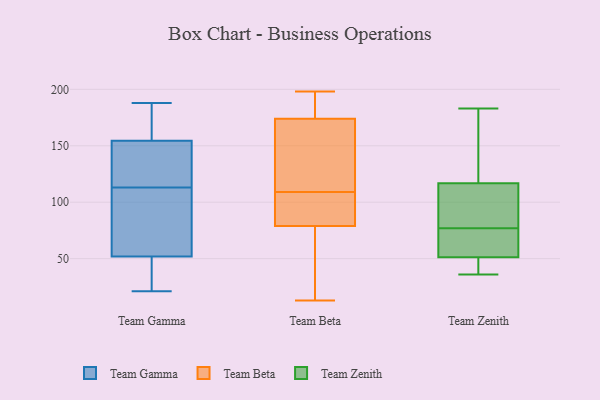
{"axis": {"x": "Headcount", "y": "Value"}, "legend": ["Team Beta", "Team Gamma", "Team Zenith"], "data": [{"x": "", "y": 134, "type": "Team Gamma"}, {"x": "", "y": 31, "type": "Team Gamma"}, {"x": "", "y": 113, "type": "Team Gamma"}, {"x": "", "y": 106, "type": "Team Gamma"}, {"x": "", "y": 29, "type": "Team Gamma"}, {"x": "", "y": 153, "type": "Team Gamma"}, {"x": "", "y": 174, "type": "Team Gamma"}, {"x": "", "y": 50, "type": "Team Gamma"}, {"x": "", "y": 176, "type": "Team Gamma"}, {"x": "", "y": 62, "type": "Team Gamma"}, {"x": "", "y": 136, "type": "Team Gamma"}, {"x": "", "y": 58, "type": "Team Gamma"}, {"x": "", "y": 21, "type": "Team Gamma"}, {"x": "", "y": 43, "type": "Team Gamma"}, {"x": "", "y": 152, "type": "Team Gamma"}, {"x": "", "y": 188, "type": "Team Gamma"}, {"x": "", "y": 164, "type": "Team Gamma"}, {"x": "", "y": 84, "type": "Team Gamma"}, {"x": "", "y": 155, "type": "Team Gamma"}, {"x": "", "y": 174, "type": "Team Beta"}, {"x": "", "y": 134, "type": "Team Beta"}, {"x": "", "y": 114, "type": "Team Beta"}, {"x": "", "y": 56, "type": "Team Beta"}, {"x": "", "y": 191, "type": "Team Beta"}, {"x": "", "y": 79, "type": "Team Beta"}, {"x": "", "y": 198, "type": "Team Beta"}, {"x": "", "y": 87, "type": "Team Beta"}, {"x": "", "y": 104, "type": "Team Beta"}, {"x": "", "y": 177, "type": "Team Beta"}, {"x": "", "y": 93, "type": "Team Beta"}, {"x": "", "y": 17, "type": "Team Beta"}, {"x": "", "y": 89, "type": "Team Beta"}, {"x": "", "y": 173, "type": "Team Beta"}, {"x": "", "y": 64, "type": "Team Beta"}, {"x": "", "y": 13, "type": "Team Beta"}, {"x": "", "y": 146, "type": "Team Beta"}, {"x": "", "y": 197, "type": "Team Beta"}, {"x": "", "y": 40, "type": "Team Zenith"}, {"x": "", "y": 128, "type": "Team Zenith"}, {"x": "", "y": 36, "type": "Team Zenith"}, {"x": "", "y": 77, "type": "Team Zenith"}, {"x": "", "y": 75, "type": "Team Zenith"}, {"x": "", "y": 183, "type": "Team Zenith"}, {"x": "", "y": 113, "type": "Team Zenith"}, {"x": "", "y": 183, "type": "Team Zenith"}, {"x": "", "y": 95, "type": "Team Zenith"}, {"x": "", "y": 55, "type": "Team Zenith"}, {"x": "", "y": 39, "type": "Team Zenith"}, {"x": "", "y": 96, "type": "Team Zenith"}, {"x": "", "y": 63, "type": "Team Zenith"}]}